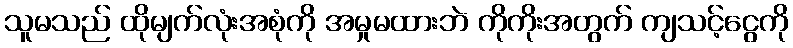
သူမသည် ထိုမျက်လုံးအစုံကို အမှုမထားဘဲ ကိုကိုးအတွက် ကျသင့်ငွေကို